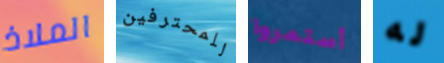
الملاذ للمحترفين أستمروا له